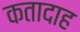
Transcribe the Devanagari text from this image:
कतादाह